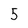
Character: 5